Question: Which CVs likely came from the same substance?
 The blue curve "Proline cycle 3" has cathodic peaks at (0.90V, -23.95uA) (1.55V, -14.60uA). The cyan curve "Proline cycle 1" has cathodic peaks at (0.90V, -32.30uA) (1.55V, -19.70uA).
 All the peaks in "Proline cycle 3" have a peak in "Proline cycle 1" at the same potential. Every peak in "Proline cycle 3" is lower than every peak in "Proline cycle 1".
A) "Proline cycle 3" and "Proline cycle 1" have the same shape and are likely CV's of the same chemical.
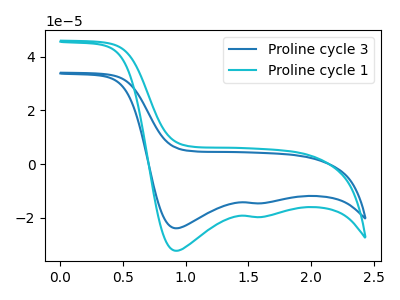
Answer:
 <answer>A) "Proline cycle 3" and "Proline cycle 1" have the same shape and are likely CV's of the same chemical.</answer>
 <eval>A</eval>